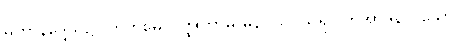
မဟာနိဒ္ဒေသ၌။ ကတမေ ဝတ္ထုကာမ မနာပါ ပိယရူပါတိအာဒိနာ၊ သော။